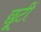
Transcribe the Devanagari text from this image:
छूटीं